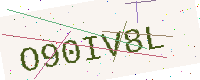
Text: O90IV8L